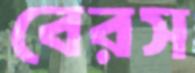
বেরস